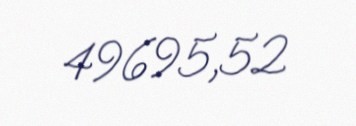
49695,52